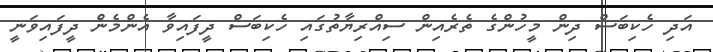
އަދި ހެކިބަސް ދިން މީހުންގެ ތެރެއިން ސިއްރިޔާތުގައި ހެކިބަސް ދީފައިވާ އެންމެނެް ދީފައިވަނީ